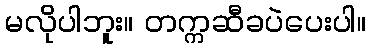
မလိုပါဘူး။ တက္ကဆီခပဲပေးပါ။